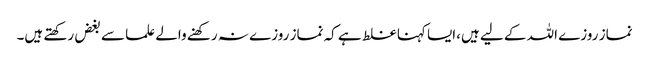
نماز روزے اللہ کے لیے ہیں،ایسا کہنا غلط ہے کہ نماز روزے نہ رکھنے والے علما سے بغض رکھتے ہیں۔